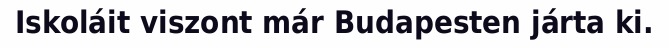
Iskoláit viszont már Budapesten járta ki.